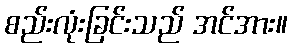
စည်းလုံးခြင်းသည် အင်အား။